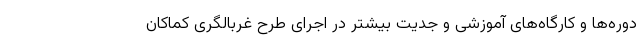
دوره‌ها و کارگاه‌های آموزشی و جدیت بیشتر در اجرای طرح غربالگری کماکان